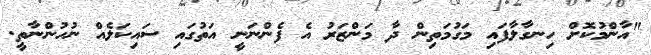
"އާންމުކޮށް ހިނގާލާފައި މަގުމަތިން ދާ މަންޒަރު އެ ފެންނަނީ އަތުގައި ސައިކަލެއް ނުހުންނާތީ.